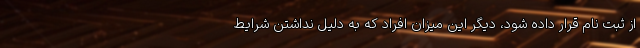
از ثبت نام قرار داده شود، دیگر این میزان افراد که به دلیل نداشتن شرایط